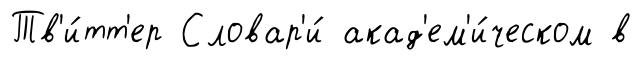
Тв'и́тт'ер Словар'и́ акад'ем'и́ческом в